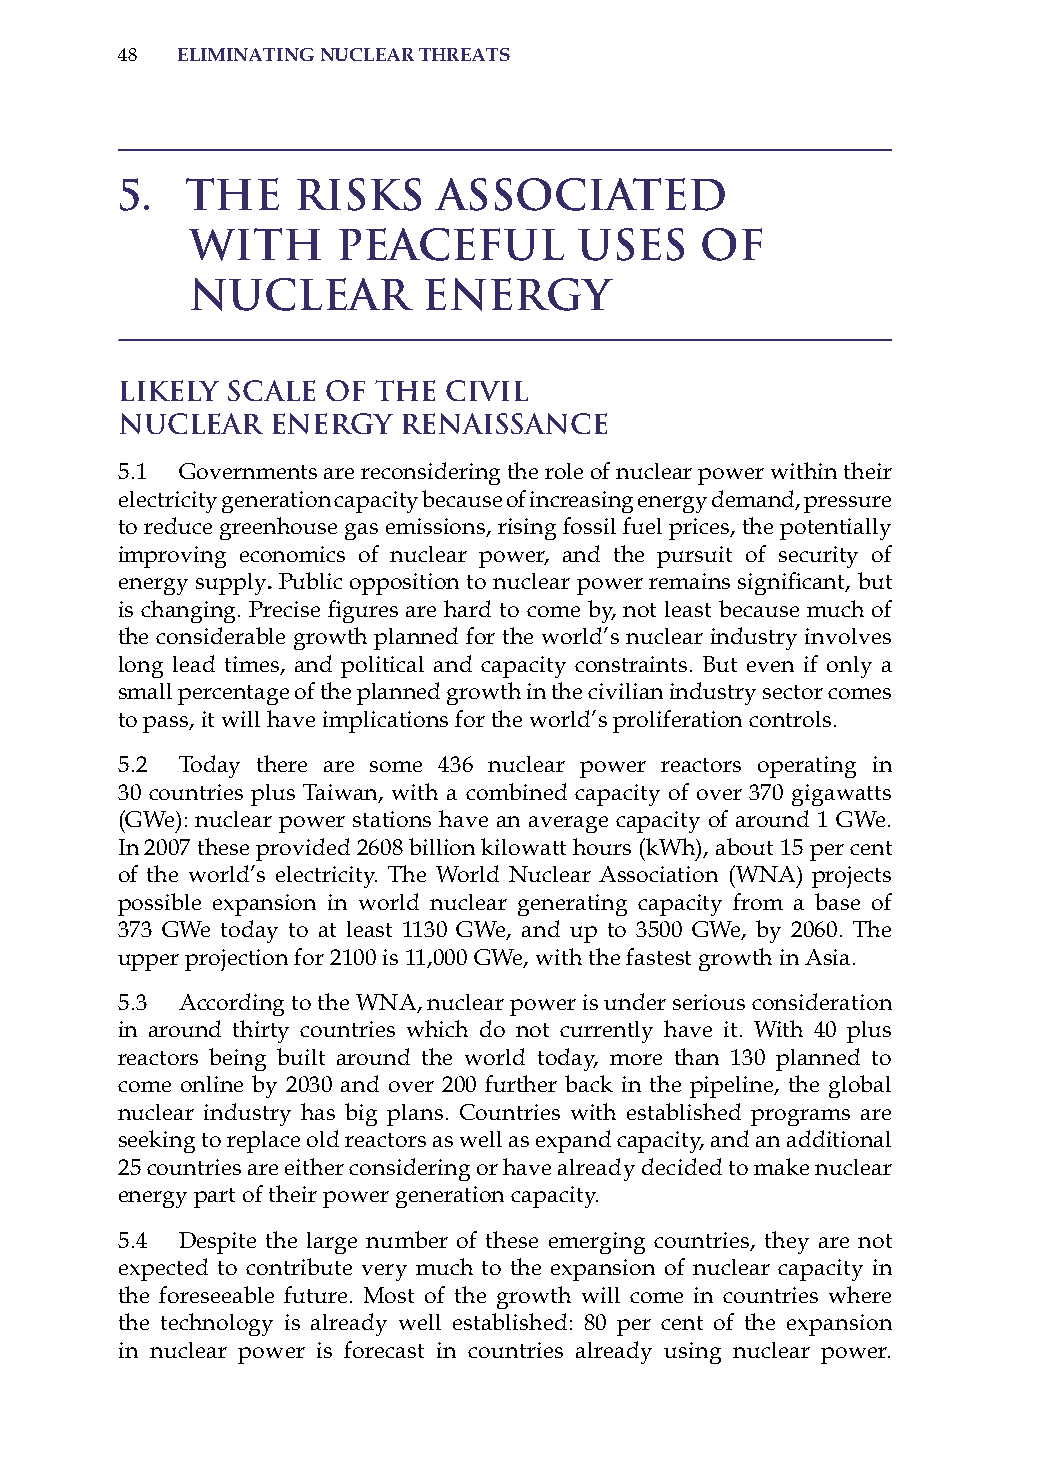
48  eliminatinG nuclear threats
 5.  The    Risks     Associated
 with     Peaceful        Uses    of
 Nuclear        Energy
 Likely Scale  of the  Civil
 Nuclear   Energy  Renaissance
 5.1 Governments are reconsidering the role of nuclear power within their
 electricity generation capacity because of increasing energy demand, pressure
 to reduce greenhouse gas emissions, rising fossil fuel prices, the potentially
 improving economics of nuclear power, and the pursuit of security of
 energy supply. Public opposition to nuclear power remains significant, but
 is changing. Precise figures are hard to come by, not least because much of
 the considerable growth planned for the world’s nuclear industry involves
 long lead times, and political and capacity constraints. But even if only a
 small percentage of the planned growth in the civilian industry sector comes
 to pass, it will have implications for the world’s proliferation controls.
 5.2 Today there are some 436 nuclear power reactors operating in
 30 countries plus Taiwan, with a combined capacity of over 370 gigawatts
 (GWe): nuclear power stations have an average capacity of around 1 GWe.
 in 2007 these provided 2608 billion kilowatt hours (kWh), about 15 per cent
 of the world’s electricity. The World Nuclear association (WNa) projects
 possible expansion in world nuclear generating capacity from a base of
 373 GWe today to at least 1130 GWe, and up to 3500 GWe, by 2060. The
 upper projection for 2100 is 11,000 GWe, with the fastest growth in asia.
 5.3 according to the WNa, nuclear power is under serious consideration
 in around thirty countries which do not currently have it. With 40 plus
 reactors being built around the world today, more than 130 planned to
 come online by 2030 and over 200 further back in the pipeline, the global
 nuclear industry has big plans. Countries with established programs are
 seeking to replace old reactors as well as expand capacity, and an additional
 25 countries are either considering or have already decided to make nuclear
 energy part of their power generation capacity.
 5.4 Despite the large number of these emerging countries, they are not
 expected to contribute very much to the expansion of nuclear capacity in
 the foreseeable future. Most of the growth will come in countries where
 the technology is already well established: 80 per cent of the expansion
 in nuclear power is forecast in countries already using nuclear power.